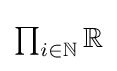
{\textstyle \prod _{i\in \mathbb {N} }\mathbb {R} }